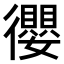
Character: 𢖠